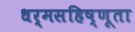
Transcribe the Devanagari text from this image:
धर्मसहिष्णूता